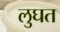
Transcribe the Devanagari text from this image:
लुघत